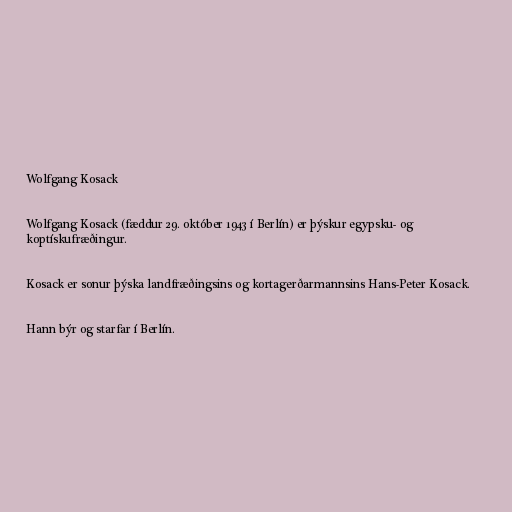
Wolfgang Kosack

Wolfgang Kosack (fæddur 29. október 1943 í Berlín) er þýskur egypsku- og
koptískufræðingur.

Kosack er sonur þýska landfræðingsins og kortagerðarmannsins Hans-Peter Kosack.

Hann býr og starfar í Berlín.